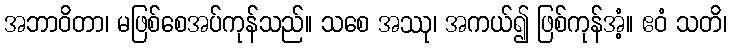
အဘာဝိတာ၊ မဖြစ်စေအပ်ကုန်သည်။ သစေ အဿု၊ အကယ်၍ ဖြစ်ကုန်အံ့။ ဧဝံ သတိ၊